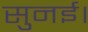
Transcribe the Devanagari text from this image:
सुनई।